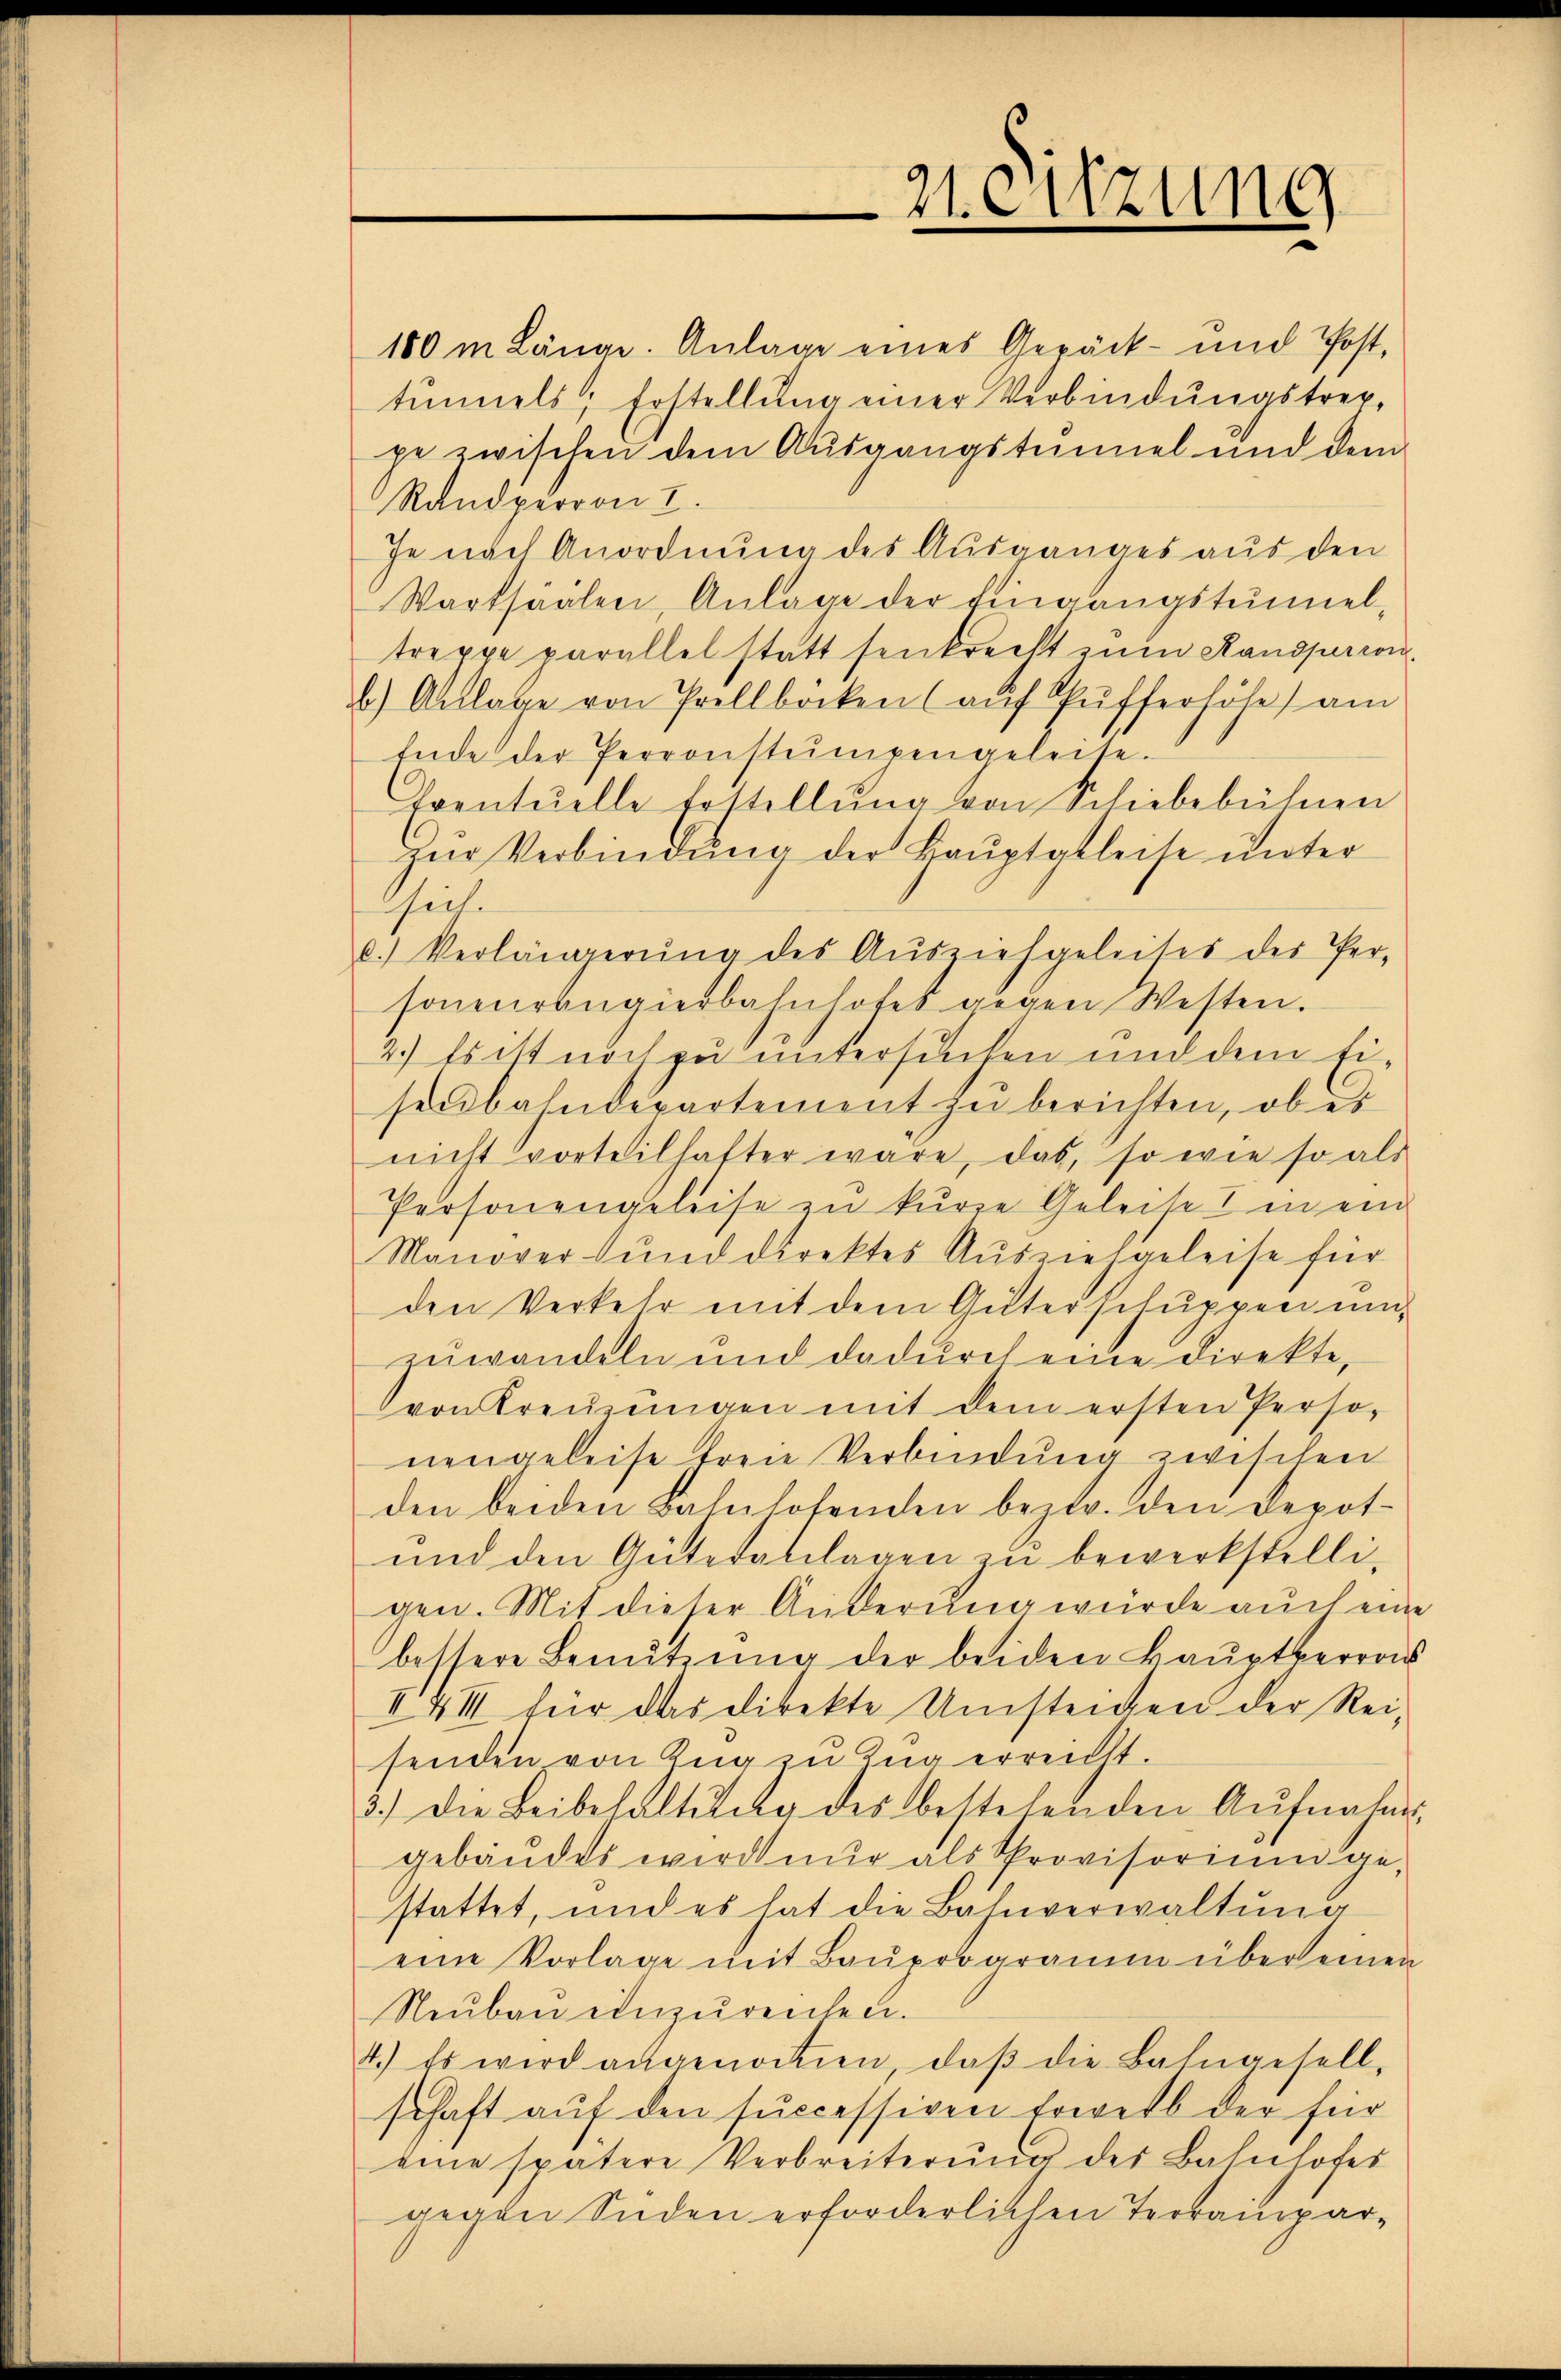
100 m Länge. Anlage eines Gepäck- und Post,
tŭnels; Erstellŭng einer Verbindungstrex-
pe zwischen dem Ausgangstennel und dem
Randpurron I.
Je nach Anordnung des Ausganges aus den
Wartsäälen, Anlage der Eingangstunnel,
treppe parallel statt senkrecht zum Randjerron
b.) Altlage von Prellböcken (auf Pufferhöhe am
Ende der Perronstrumpengeleite.
Eventuelle Erstellŭng von Schiebebühnen
zur Verbindung der Hauptgeleise unter
Theile
b. Verlängerŭng des Aŭsziehgeleises des Per-
sonenrangierbahnhofes gegen Westen.
2.) Es ist noch zu untersuchen und dem Eisenbahndepartement zu berichten, ob es
nicht vorteilhafter wäre, das, so wie so als
Personengeleise zu kurze Geleise in ein
Manover und direktes Auszielgeleise für
den Verkehr mit dem Güterschuppen unzuwandeln und dadurch eine direkte,
von Treuzungen mit dem ersten Personengeleise freie Verbindung zwischen
den beiden Bahnhofenden bestr. den Depot-
und den Güteranlagen zu bewerkstelligen. Mit dieser Änderung würde auch eine
bessere Benŭtzŭng der beiden Haŭptberras
II XII für das direkte Umsteigen der Reisenden von Zug zu Zug erreicht.
3.) Die Beibehaltŭng des bestehenden Aŭfnahmsgebäudes wird nur als Provisorium gestattet, und es hat die Bahnverwaltŭng
eine Vorlage mit Bauprogramm über einen
Neubau einzureichen.
4.) Es wird angenommen, daβ die Bahngesell-
schaft auf den successiven Erwerb der für
eine spätere Verbreiterŭng des Bahnhofes
gegen Süden erforderlichen Terrainpar¬

21. Sitzung
.